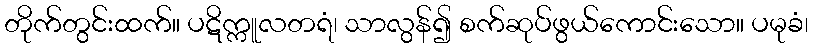
တိုက်တွင်းထက်။ ပဋိက္ကူလတရံ၊ သာလွန်၍ စက်ဆုပ်ဖွယ်ကောင်းသော။ ပမုခံ၊